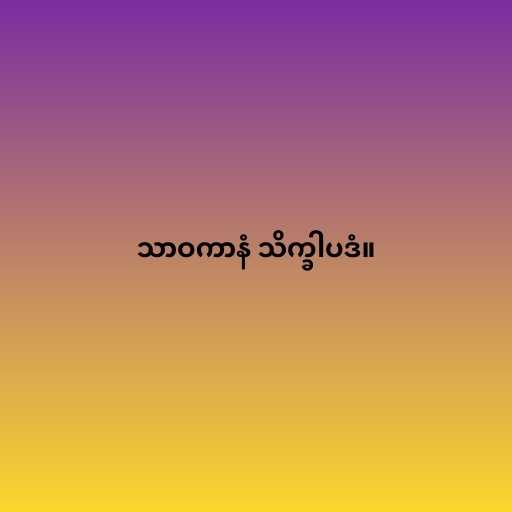
သာဝကာနံ သိက္ခါပဒံ။